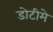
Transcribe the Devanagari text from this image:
डोटीमे